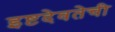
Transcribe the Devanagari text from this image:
इष्टदेवतेची